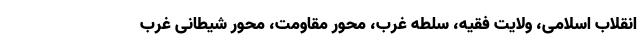
انقلاب اسلامی، ولایت فقیه، سلطه غرب، محور مقاومت، محور شیطانی غرب